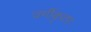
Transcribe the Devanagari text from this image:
वर्गीकृताः